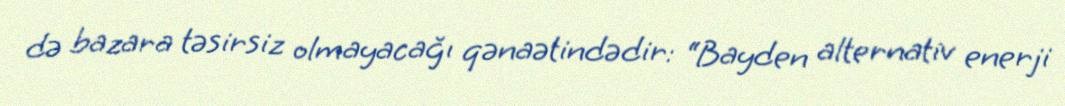
də bazara təsirsiz olmayacağı qənaətindədir: “Bayden alternativ enerji